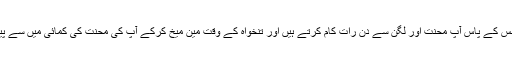
اس ٹھیکیدار کو جس کے پاس آپ محنت اور لگن سے دن رات کام کرتے ہیں اور تنخواہ کے وقت مین میخ کرکے آپ کی محنت کی کمائی میں سے پیسے کاٹ لیتا ہے۔